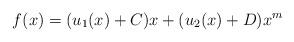
LaTeX: \begin{align*}f(x)= (u_1(x)+C)x+(u_2(x)+D)x^m\end{align*}